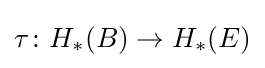
\tau \colon H_{*}(B)\to H_{*}(E)